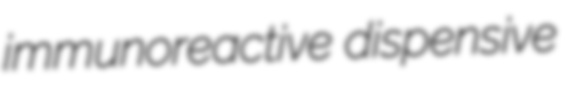
immunoreactive dispensive